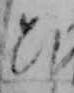
ひ